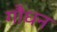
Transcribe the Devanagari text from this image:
गौधन